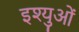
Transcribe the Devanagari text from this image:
इश्युओं